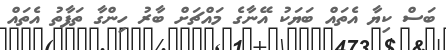
ބަސް ކިޔާ އެތައް ބަޔަކު އޭނާގެ މައްޗަށް ބާރު ހިންގާ ތަފާތު އެތައް